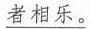
\underline{者相乐。}